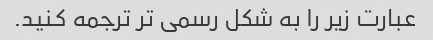
عبارت زیر را به شکل رسمی تر ترجمه کنید.